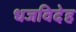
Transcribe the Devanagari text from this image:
धजविदेह